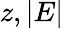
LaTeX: z,|E|